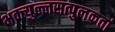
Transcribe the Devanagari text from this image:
भक्त्युल्लसत्पुलकतां